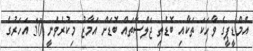
އެމްޑީޕީގެ ވާހަކަ ތަކާއި ބޮޑެތި ޖަލްސާތައް ބޮޑަށް އަމާޒު މިކުރެވެނީ 30 އަހަރުގެ